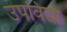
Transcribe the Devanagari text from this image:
उपविद्या